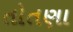
તોતણા